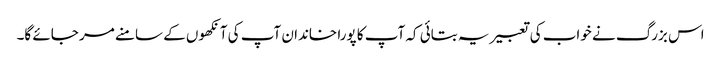
اس بزرگ نے خواب کی تعبیر یہ بتائی کہ آپ کا پورا خاندان آپ کی آنکھوں کے سامنے مر جائے گا۔